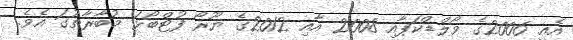
އެއީ 2006ގެ ވޯލްޑްކަޕާއި 2008 އާއި 2012ގެ ޔޫރޯ ފުޓްބޯޅަ މުބާރާތުގަ އެވެ.